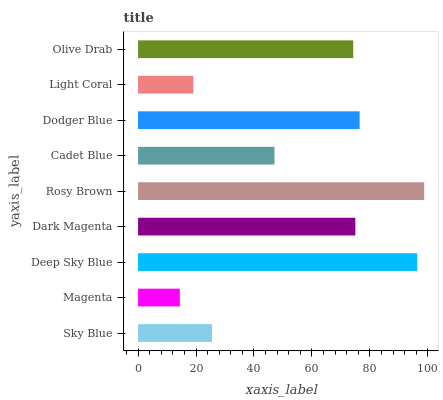
| yaxis_label | bars |
 | --- | --- |
 | Sky Blue | 25.5 |
 | Magenta | 14.4 |
 | Deep Sky Blue | 96.3 |
 | Dark Magenta | 75 |
 | Rosy Brown | 98.7 |
 | Cadet Blue | 47.1 |
 | Dodger Blue | 76.4 |
 | Light Coral | 19.1 |
 | Olive Drab | 74.2 |